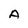
Character: A